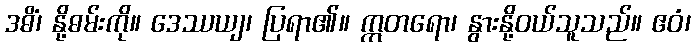
ဒဓိံ၊ နို့ဓမ်းကို။ ဒေဿယျ၊ ပြရာ၏။ ဣတရော၊ နွားနို့ဝယ်သူသည်။ ဧဝံ၊